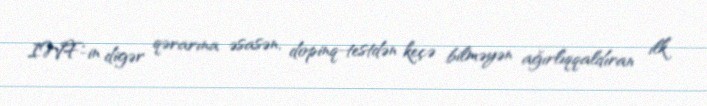
IWF-in digər qərarına əsasən, dopinq-testdən keçə bilməyən ağırlıqqaldıran ilk